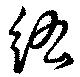
紘